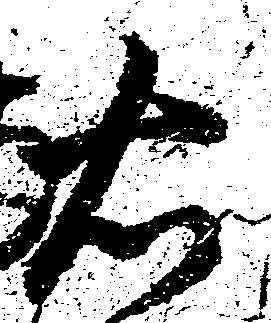
右